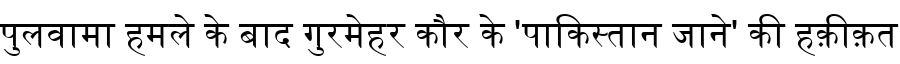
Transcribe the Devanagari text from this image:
पुलवामा हमले के बाद गुरमेहर कौर के 'पाकिस्तान जाने' की हक़ीक़त